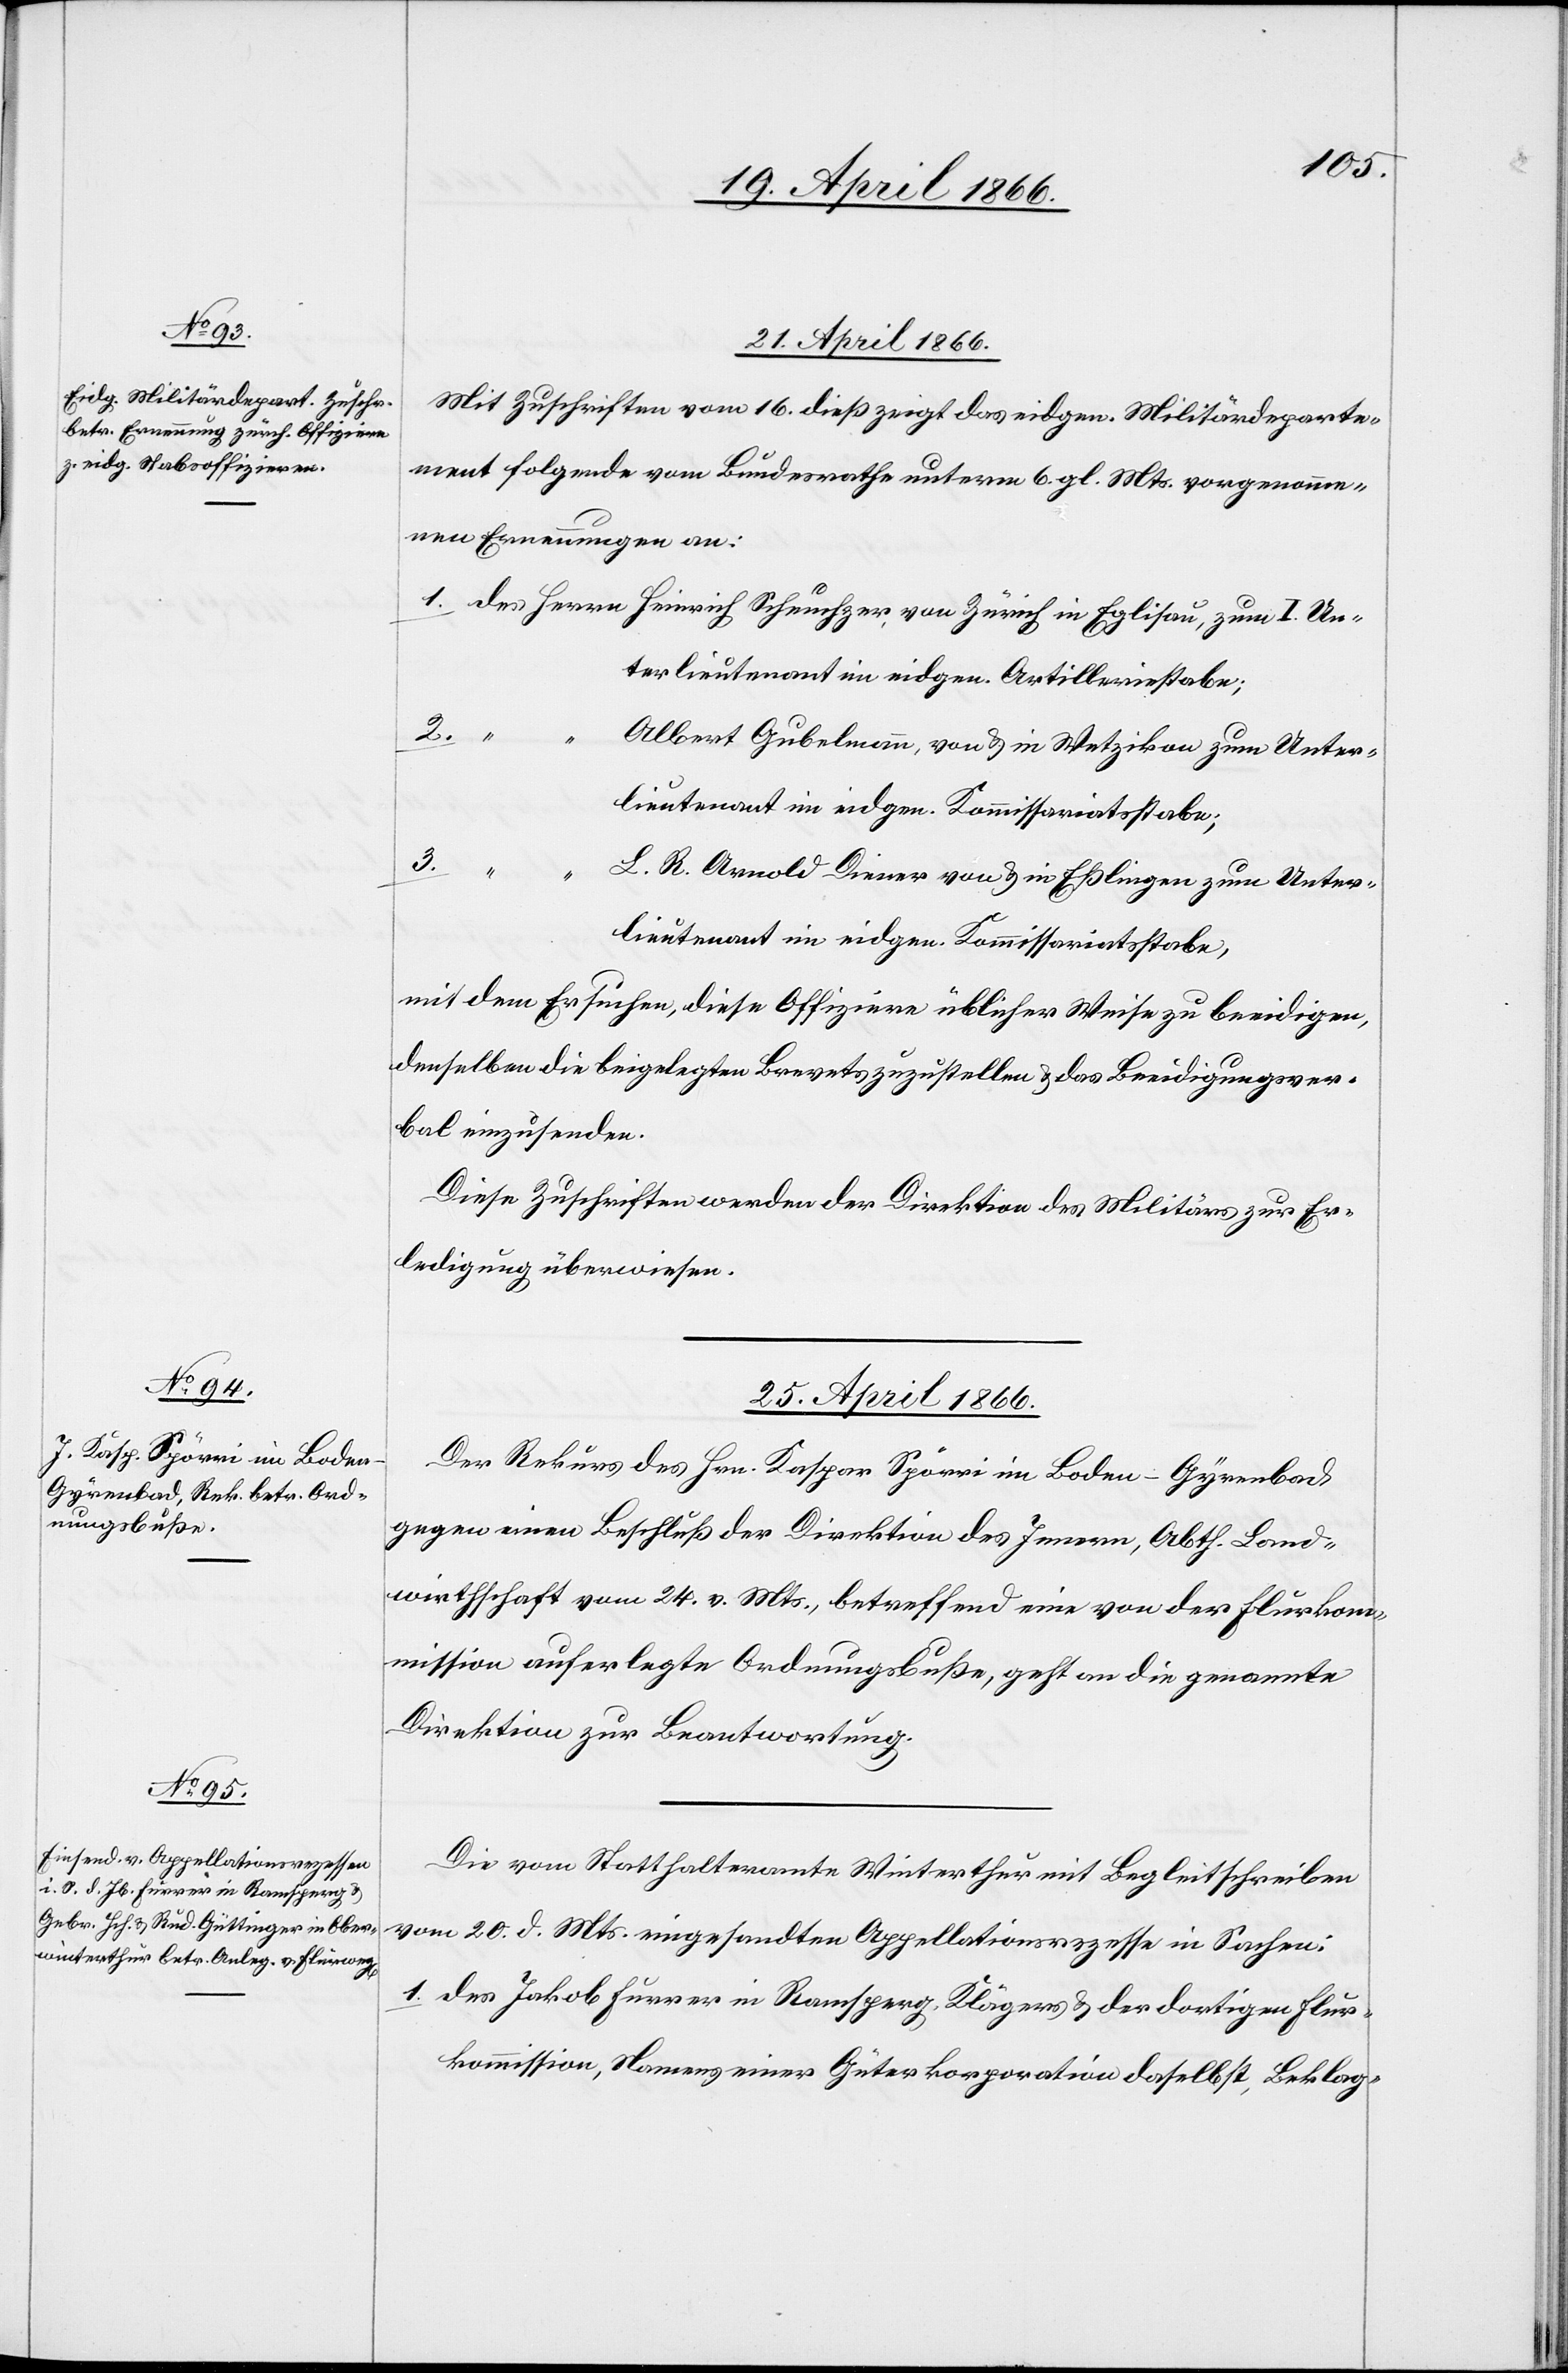
21. April 1866.
Mit Zuschriften vom 16. dieß zeigt das eidgen. Militärdeparte¬
ment folgende vom Bundesrathe unterm 6. gl. Mts. vorgenomme¬
ne Ernennungen an:
Unterlieutenant im eidgen. Artilleriestabe;
2.
I.
Albert Gubelmann, von u. in Wetzikon zum Unter¬
lieutenant im eidgen. Kommissionsstabe,
3.
L. R. Arnold Diener von u. in Eßlingen zum Unter¬
mit dem Ersuchen, diese Offiziere üblicher Weise zu beeidigen,
denselben die beigelegten Brevets zuzustellen u. das Beeidigungsver¬
bal einzusenden.
Diese Zuschriften werden der Direktion des Militärs zur Er¬
ledigung überwiesen.
25. April 1866.]
Der Rekurs des Hrn. Kaspar Spörri im Boden-Gyrenbach
gegen einen Beschluß der Direktion des Innern, Abth. Land¬
wirthschaft vom 24. v. Mts., betreffend eine von der Flurkom¬
mission auferlegte Ordnungsbuße, geht an die genannte
Direktion zur Beantwortung.
Die vom Statthalteramte Winterthur mit Begleitschreiben
vom 20. d. Mts. eingesandten Appellationsrezesse in Sachen
1. des Jakob Furrer in Ramsperg, Klägers u. der dortigen Flur¬
kommission, Namens einer Güterkorporation daselbst, Beklag-